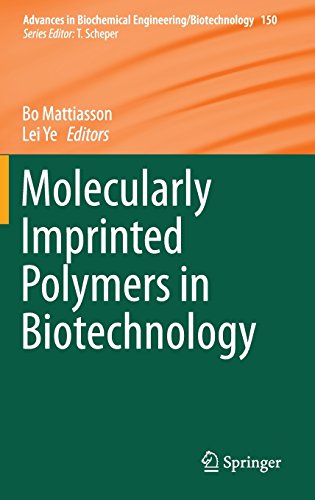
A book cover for Molecularly Imprinted Polymers in Biotechnology (Advances in Biochemical Engineering/Biotechnology); Science & Math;